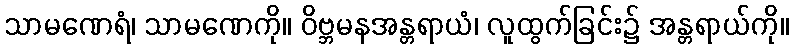
သာမဏေရံ၊ သာမဏေကို။ ဝိဗ္ဘမနအန္တရာယံ၊ လူထွက်ခြင်း၌ အန္တရာယ်ကို။